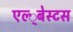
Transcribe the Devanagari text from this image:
एल्‍्बेस्टस